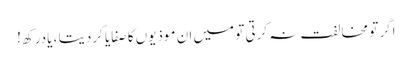
اگر تو مخالفت نہ کرتی تو میں ان موذیوں کا صفایا کردیتا ، یادرکھ !